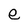
Character: e